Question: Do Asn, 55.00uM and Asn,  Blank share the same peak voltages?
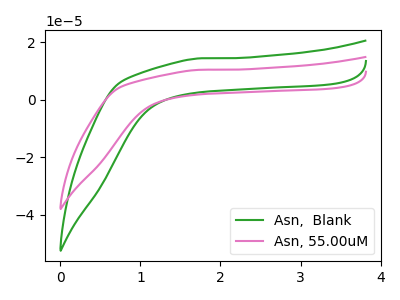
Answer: <think>The green curve "Asn,  Blank" has no peaks. The pink curve "Asn, 55.00uM" has no peaks.</think>
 <answer>Niether CV has any peaks.</answer>
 <eval>blanks</eval>